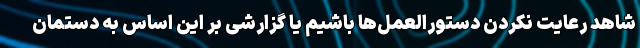
شاهد رعایت نکردن دستورالعمل‌ها باشیم یا گزارشی بر این اساس به دستمان